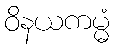
ဝိနယကမ္မံ